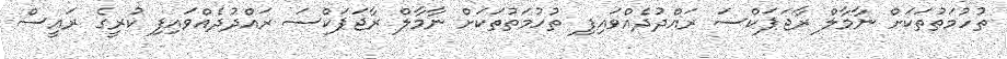
ތުހުމަތުތަކަށް ނާމާލް ރާޖަޕަކްސަ ރައްދުދެއްވައިފި ތުހުމަތުތަކަށް ނާމާލް ރާޖަޕަކްސަ ރައްދުދެއްވައިފި ކުރީގެ ރައީސް